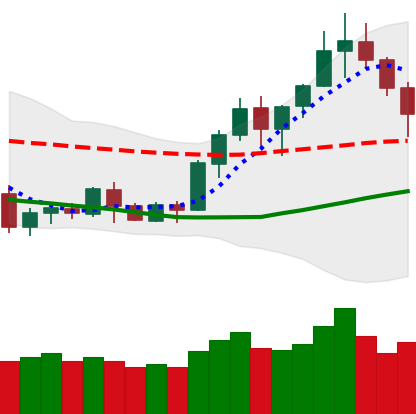
Ticker: BNB-USD
Chart end date: 2020-07-16
Forward return: 3.334%
Label: up_3_5